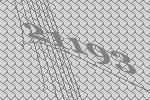
21193